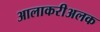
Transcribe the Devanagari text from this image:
आलाकरीअलक